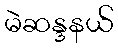
မဲဆန္ဒနယ်